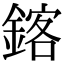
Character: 𫒴